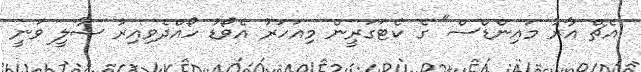
އެޗް އާރު މައިންޑްސް" ގެ ކެޓަގަރީން މިއަހަރު އެވޯޑު ހޯއްދެވިއިރު ޝާލީ ވަނީ